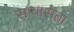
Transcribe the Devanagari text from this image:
सायासता